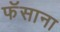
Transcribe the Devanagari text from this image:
फॅसाना